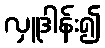
လှူဒါန်း၍